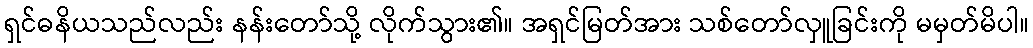
ရှင်ဓနိယသည်လည်း နန်းတော်သို့ လိုက်သွား၏။ အရှင်မြတ်အား သစ်တော်လှူခြင်းကို မမှတ်မိပါ။